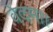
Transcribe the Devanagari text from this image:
वेदम।।